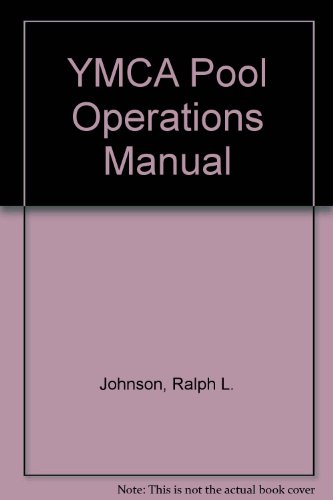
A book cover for YMCA Pool Operations Manual-2nd Edition; Johnson; Sports & Outdoors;